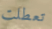
تعطلت